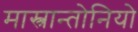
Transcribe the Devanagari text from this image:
मास्त्रान्तोनियो